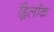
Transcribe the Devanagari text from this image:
ह्विलॉक